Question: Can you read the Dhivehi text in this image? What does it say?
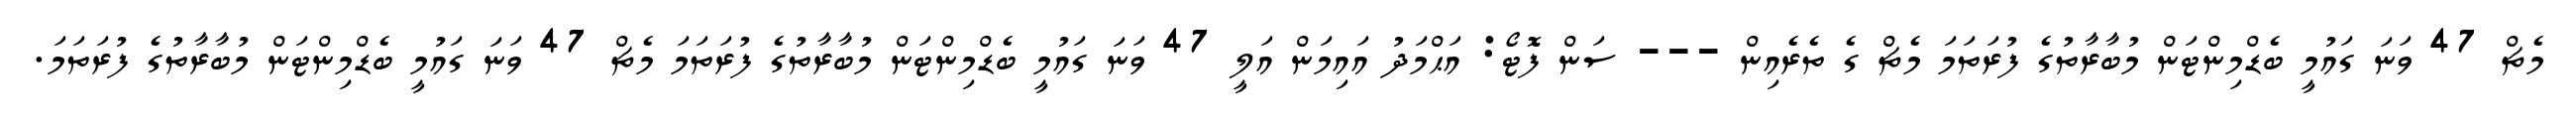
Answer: މެޗް 47 ވަނަ ގައުމީ ބެޑްމިންޓަން މުބާރާތުގެ ފުރަތަމަ މެޗް ގެ ތެރެއިން --- ސަން ފޮޓޯ: އަޙްމަދު އައިމަން އަލީ 47 ވަނަ ގައުމީ ބެޑްމިންޓަން މުބާރާތުގެ ފުރަތަމަ މެޗް 47 ވަނަ ގައުމީ ބެޑްމިންޓަން މުބާރާތުގެ ފުރަތަމަ.